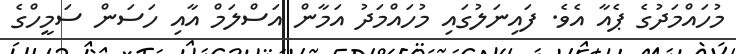
މުހައްމަދުގެ ޕެއާ އެވެ. ފައިނަލުގައި މުހައްމަދު އަމާން އަސްލަމް އާއި ހަސަން ސަމީހްގެ